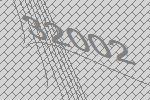
32002